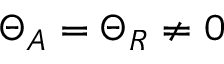
\Theta _ { A } = \Theta _ { R } \neq 0